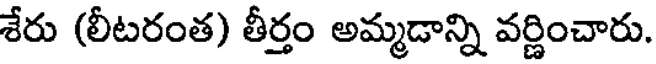
శేరు (లీటరంత) తీర్తం అమ్మడాన్ని వర్ణించారు.